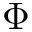
\Phi